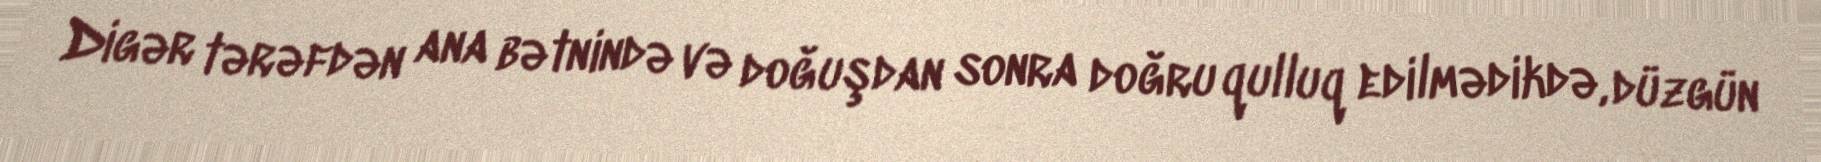
Digər tərəfdən ana bətnində və doğuşdan sonra doğru qulluq edilmədikdə, düzgün